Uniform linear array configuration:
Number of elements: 24
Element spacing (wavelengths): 0.5
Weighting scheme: binomial
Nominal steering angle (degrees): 45
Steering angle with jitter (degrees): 46.229
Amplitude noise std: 0.05
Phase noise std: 0.05

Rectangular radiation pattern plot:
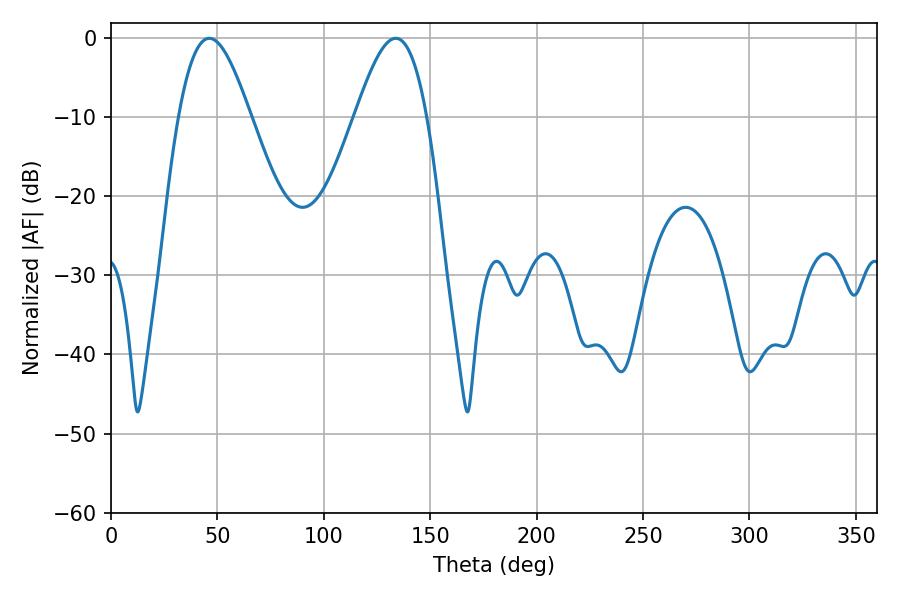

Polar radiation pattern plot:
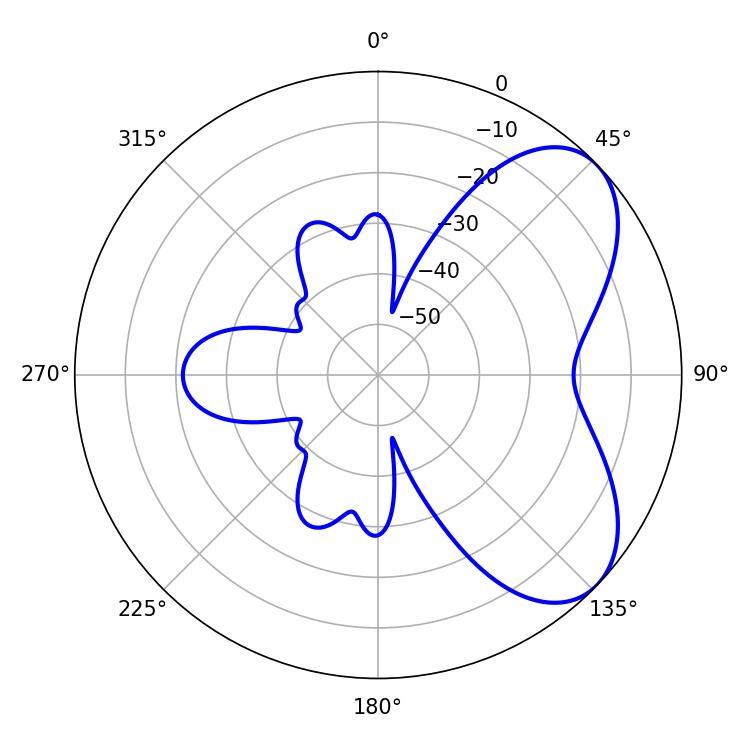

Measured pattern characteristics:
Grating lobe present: FALSE
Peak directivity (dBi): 5.932
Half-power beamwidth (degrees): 18
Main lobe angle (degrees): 46.26